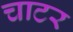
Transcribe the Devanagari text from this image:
चाटर